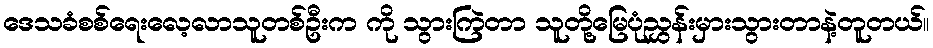
ဒေသခံစစ်ရေးလေ့လာသူတစ်ဦးက ကို သွားကြဲတာ သူတို့မြေပုံညွှန်းမှားသွားတာနဲ့တူတယ်။